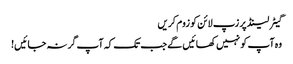
گیٹر لینڈ پر زپ لائن کو زوم کریں
وہ آپ کو نہیں کھائیں گے جب تک کہ آپ گر نہ جائیں!